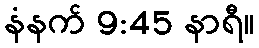
နံနက် 9:45 နာရီ။